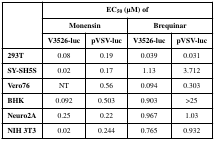
| <ROWSPAN=3>  | <COLSPAN=4> EC50 (μM) of |
 | <COLSPAN=2> Monensin | <COLSPAN=2> Brequinar |
 | V3526-luc | pVSV-luc | V3526-luc | pVSV-luc |
 | --- | --- | --- | --- | --- |
 | 293T | 0.08 | 0.19 | 0.039 | 0.031 |
 | SY-SH5S | 0.02 | 0.17 | 1.13 | 3.712 |
 | Vero76 | NT | 0.56 | 0.094 | 0.303 |
 | BHK | 0.092 | 0.503 | 0.903 | >25 |
 | Neuro2A | 0.25 | 0.22 | 0.967 | 1.03 |
 | NIH 3T3 | 0.02 | 0.244 | 0.765 | 0.932 |